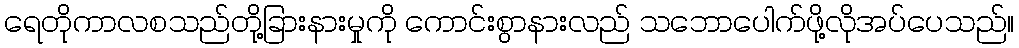
ရေတိုကာလစသည်တို့ခြားနားမှုကို ကောင်းစွာနားလည် သဘောပေါက်ဖို့လိုအပ်ပေသည်။